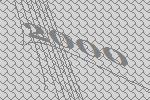
2000